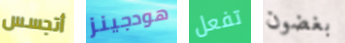
أتجسس هودجينز تفعل بغضون